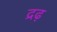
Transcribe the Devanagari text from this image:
द्रढ़